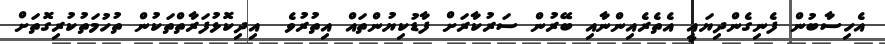
އެހިސާބުން ފެނިގެންދިޔައީ އެތެރެއިންނާއި ބޭރުން ސަރުކާރަށް ފާޑުކިޔުންތައް އިތުރުވެ  އިދިކޮޅުފަރާތްތަކުން ތުހުމަތުކުރިގޮތަށް